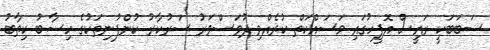
ސަބަބަކީ ރައީސް އޮފީހުގައި މަސައްކަތް ކުރެއްވި ދުވަސްވަރު ސަރުކާރު ކުންފުނިތަކުގެ ހިސާބު ކިތާބު